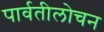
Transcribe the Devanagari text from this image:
पार्वतीलोचन